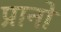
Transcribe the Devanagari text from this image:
प्रानो